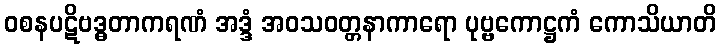
ဝစနပဋိဗဒ္ဓတာကရဏံ အဒ္ဒံ အဝသဝတ္တနာကာရော ပုဗ္ဗကောဋ္ဌကံ ကောသိယာတိ